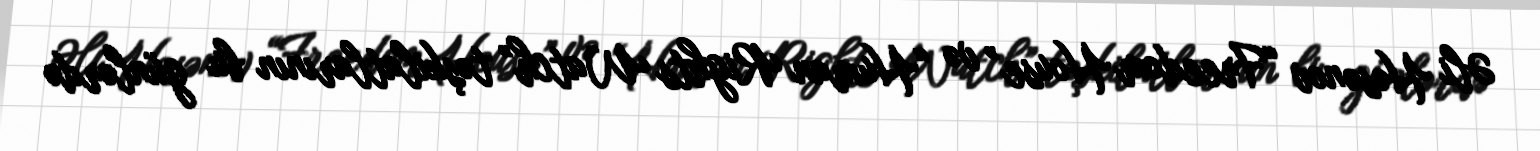
Əli Həsənov “Freedom House” və “Human Rights Watch” təşkilatlarının bu günlərdə